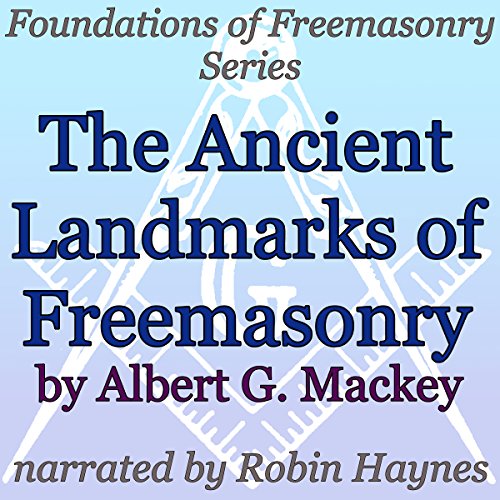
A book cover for The Ancient Landmarks of Freemasonry: Foundations of Freemasonry Series; Albert G. Mackey; Religion & Spirituality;